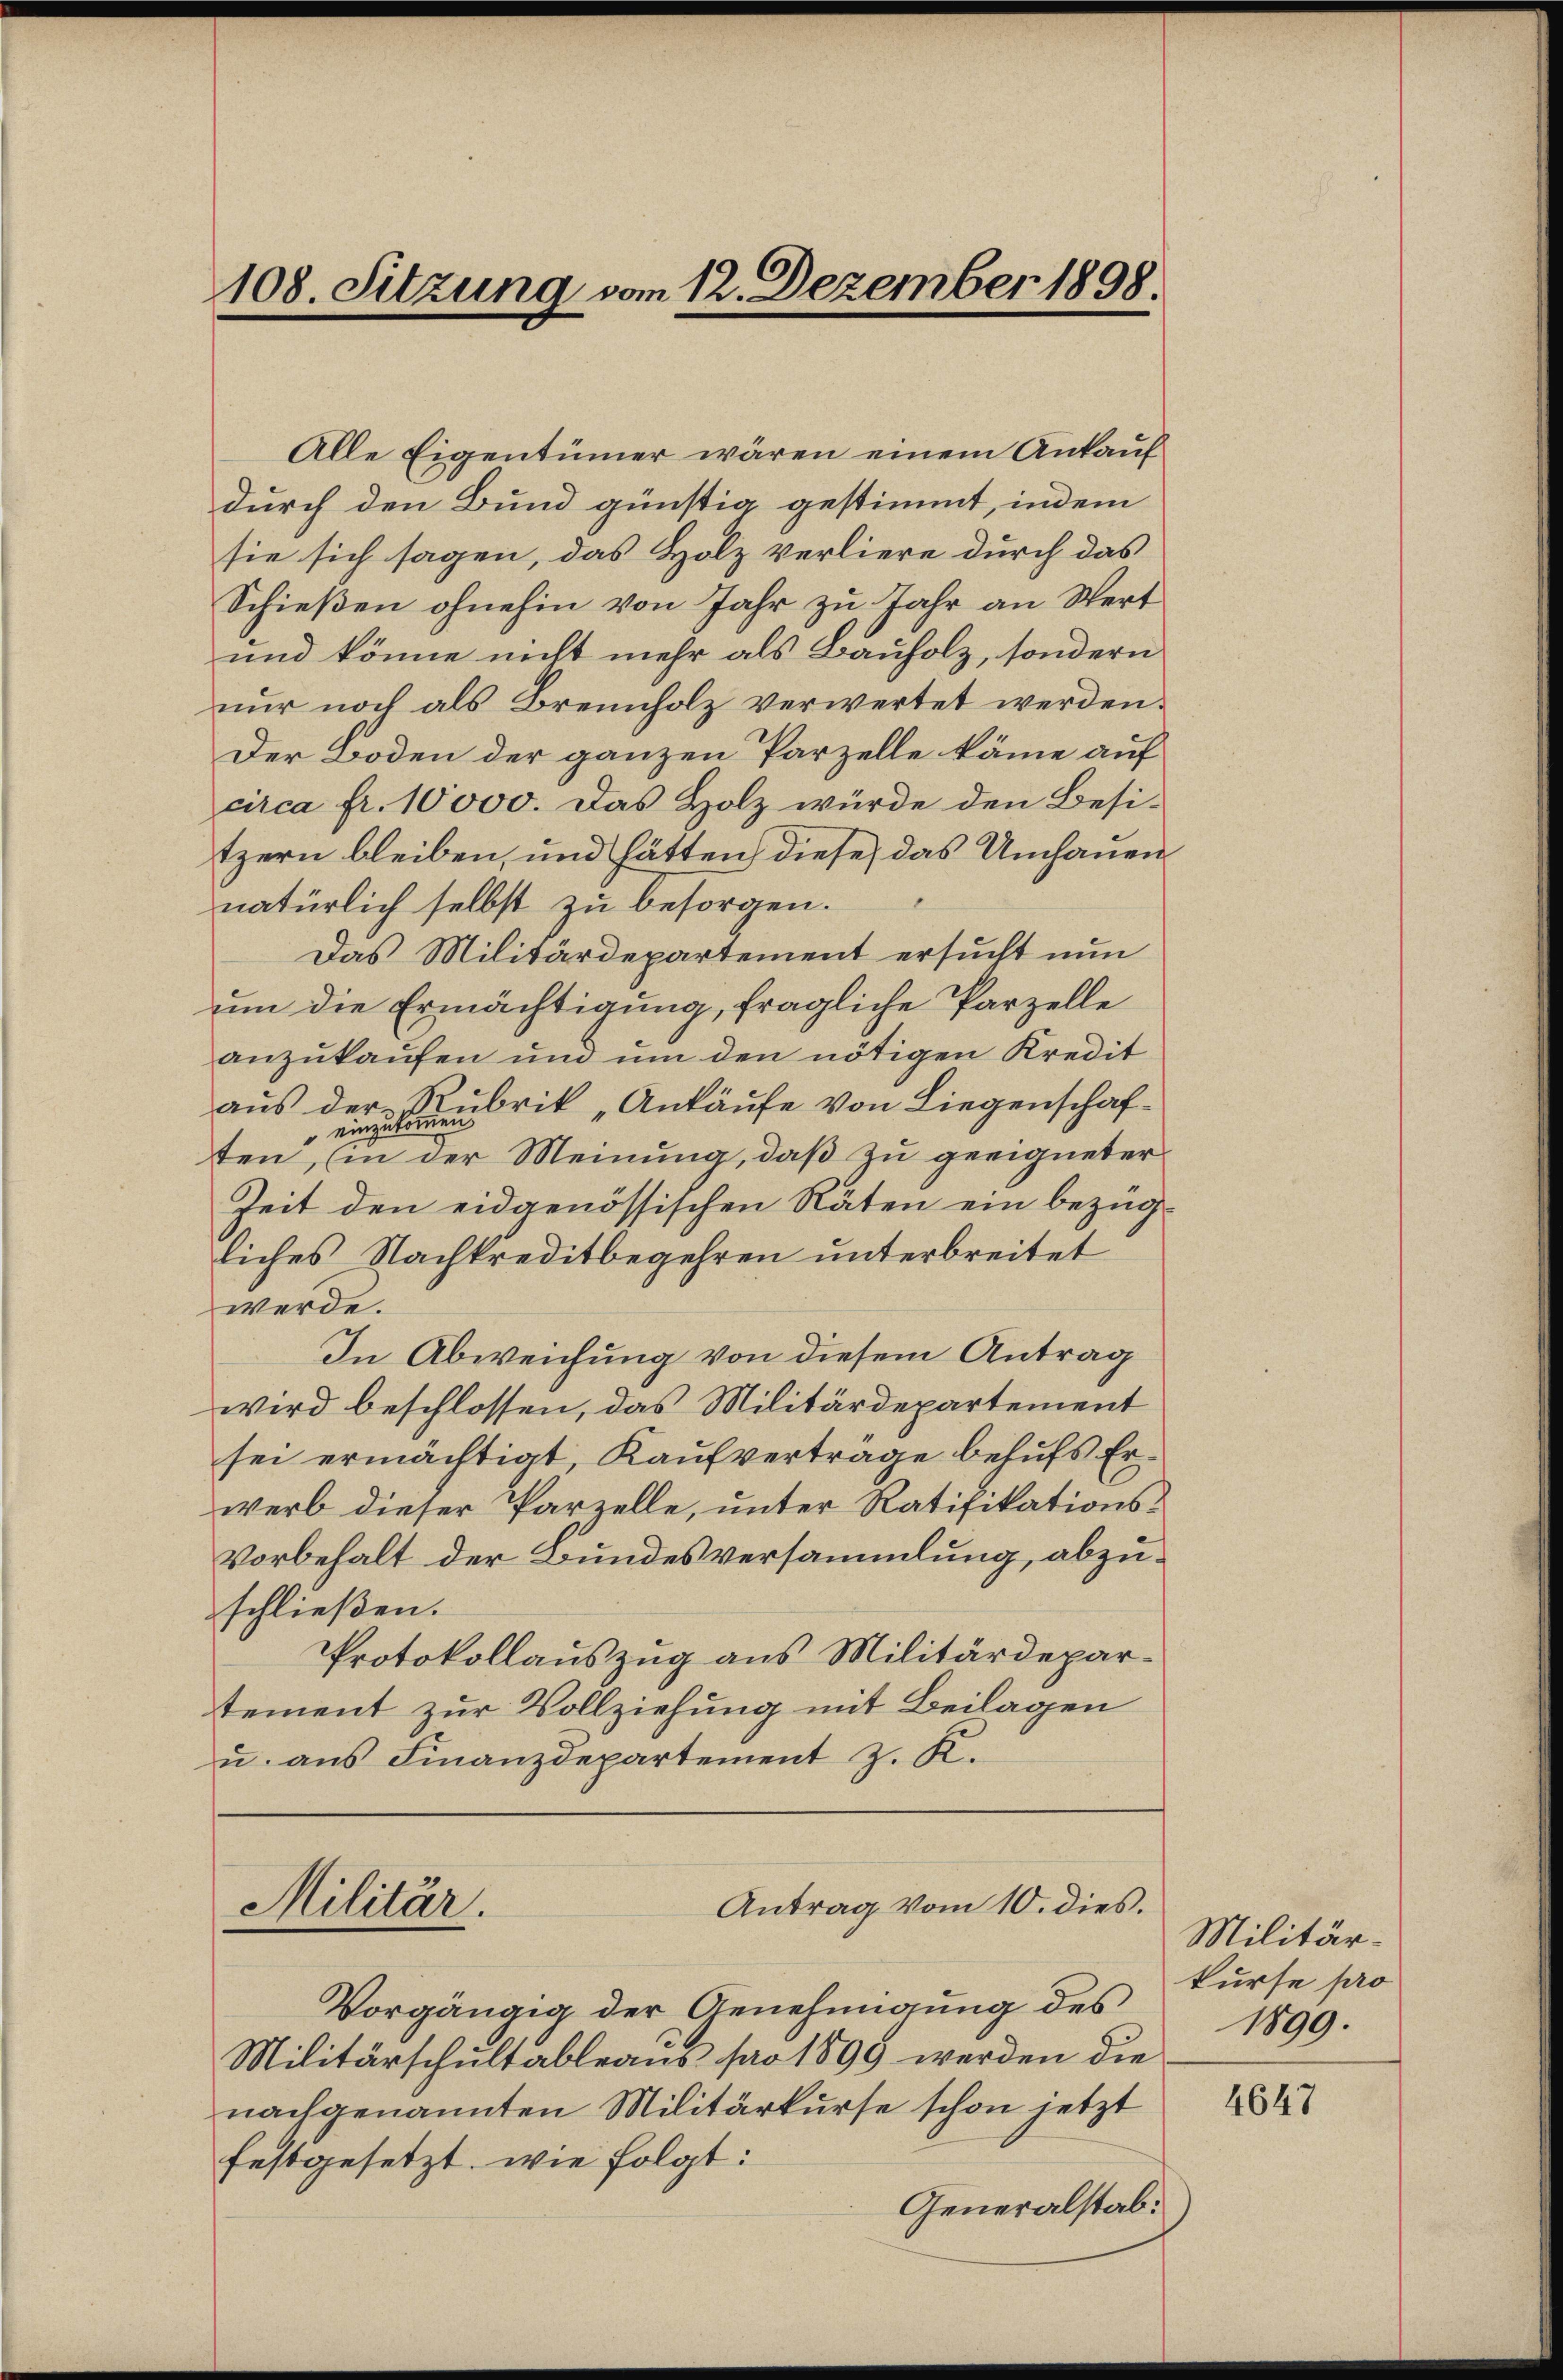
108. Sitzung vom 12. Dezember 1898.

Alle Eigentümer wären einem Ankauf
durch den Bund günstig gestimmt, indem
sie sich sagen, das Holz verliere durch das
Schießen ohnehin von Jahr zu Jahr an Wert
und könne nicht mehr als Bauholz, sondern
nur noch als Brennholz verwertet werden.
Der Boden der ganzen Parzelle käme auf
circa fr. 10000. Das Holz würde den Besitzern bleiben, und hätten, diese das Umhauennatürlich selbst zu besorgen.
Das Militärdepartement ersucht nun
um die Ermächtigung, fragliche Parzelle
anzukaufen und um den nötigen Kredit
aus der Rubrik „Ankäufe von Liegenschaf¬
.
ten, (in der Meinung, daß zu geeigneter
Zeit den eidgenössischen Räten ein bezüg-
liches Nachkreditbegehren unterbreitet
werde.
In Abweichung von diesem Antrag
wird beschlossen, das Militärdepartement
sei ermächtigt, Kaufverträge behufs Erwerb dieser Parzelle, unter Ratifikations¬
Vorbehalt der Bundesversammlung, abzuschließen.
Protokollauszug aus Militärdepartement zur Vollziehung mit Beilagen
u. aus Finanzdepartement z. K.

Vorgängig der Genehmigung des
Militärschultableaus pro 1899 werden die
nachgenannten Militärkurse schon jetzt
festgesetzt, wie folgt:
Generalstab.

Antrag vom 10. dies.
Militär.

Militärkurse pro
1899.

4647